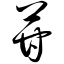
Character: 苷